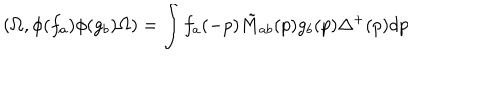
LaTeX: ( \Omega , \phi ( f _ { a } ) \phi ( g _ { b } ) \Omega ) = \int f _ { a } ( - p ) \tilde { M } _ { a b } ( p ) g _ { b } ( p ) \Delta ^ { + } ( p ) d p